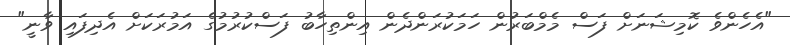
"އެހެންވެ ކޮމިޝަނަށް ފަސް މެމްބަރުން ހަމަކުރަންދެން އިންތިހާބު ފަސްކުރުމުގެ އަމުރަކަށް އެދިފައި ވާނީ"